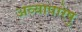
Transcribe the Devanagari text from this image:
अव्यापारेषु